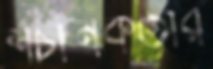
শচীনকর্তার